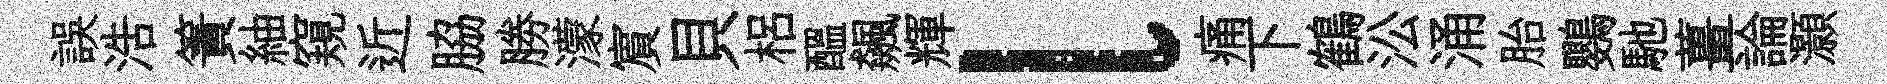
誤浩簀紬窺近脇勝濛賔貝梠醖飆輝l痛下鶴㳂涌胎鸚馳薑論灝